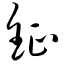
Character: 钲